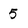
Character: 5